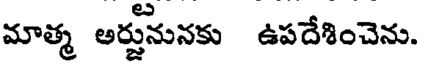
మాత్మ అర్జునునకు ఉపదేశించెను.